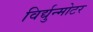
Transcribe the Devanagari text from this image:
विर्द्युन्मोटर